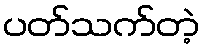
ပတ်သက်တဲ့